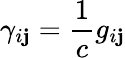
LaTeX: \gamma_{i\mathbf{j}}=\frac{{1}}{{c}}g_{i\mathbf{j}}